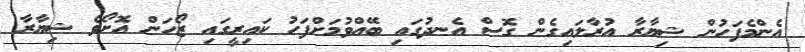
އެންމެފަހުން ޝިޔާރާ އުރާލައިގެން ގޮސް އެނދުގައި ބޭއްވުމަށްފަހު ކައިރީގައި ޒޯހަން އޮށޯވެ ޝިޔާރާ